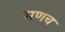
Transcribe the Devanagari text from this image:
सणच